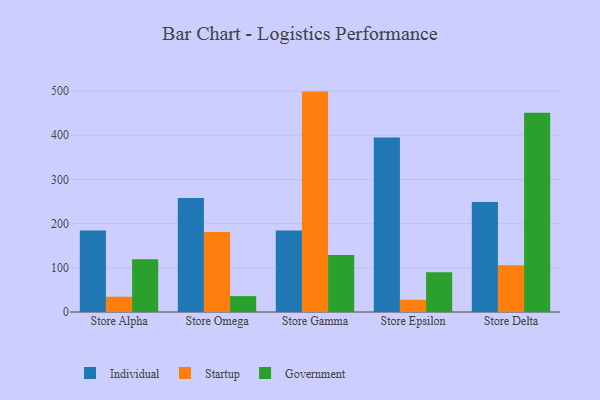
{"axis": {"x": "Store", "y": "Inventory Turnover"}, "legend": ["Government", "Individual", "Startup"], "data": [{"x": "Store Alpha", "y": 184.6, "type": "Individual"}, {"x": "Store Alpha", "y": 34.5, "type": "Startup"}, {"x": "Store Alpha", "y": 119.6, "type": "Government"}, {"x": "Store Omega", "y": 258.0, "type": "Individual"}, {"x": "Store Omega", "y": 181.3, "type": "Startup"}, {"x": "Store Omega", "y": 36.0, "type": "Government"}, {"x": "Store Gamma", "y": 184.3, "type": "Individual"}, {"x": "Store Gamma", "y": 498.9, "type": "Startup"}, {"x": "Store Gamma", "y": 128.8, "type": "Government"}, {"x": "Store Epsilon", "y": 394.9, "type": "Individual"}, {"x": "Store Epsilon", "y": 27.6, "type": "Startup"}, {"x": "Store Epsilon", "y": 90.1, "type": "Government"}, {"x": "Store Delta", "y": 249.1, "type": "Individual"}, {"x": "Store Delta", "y": 106.1, "type": "Startup"}, {"x": "Store Delta", "y": 450.8, "type": "Government"}]}